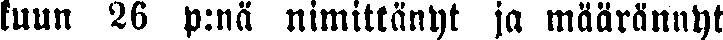
kuun 26 p:nä nimittänyt ja määrännyt